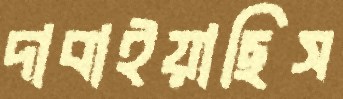
দাবাইয়াছিস